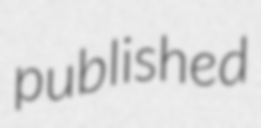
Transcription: published